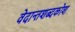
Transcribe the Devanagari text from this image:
वेदान्तशब्दकोश